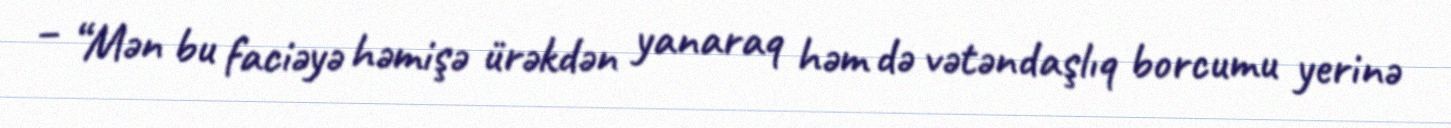
– “Mən bu faciəyə həmişə ürəkdən yanaraq həm də vətəndaşlıq borcumu yerinə